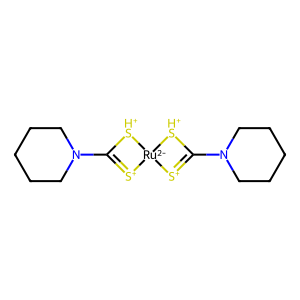
SMILES: C1CCN(C2=[S+][Ru-2]3([S+]=C(N4CCCCC4)[SH+]3)[SH+]2)CC1
Inhibits HIV replication: No